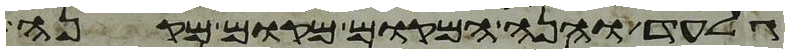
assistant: גלעד והנה המקום מקום מקנה